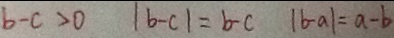
b - c > 0 \vert b - c \vert = b - c \vert b - a \vert = a - b